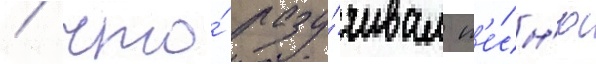
/ что́ разу́чивал п'е́сн'ю